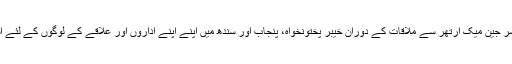
پاکستان واپسی پر اساتذہ نے امریکی سفارتخانہ کی ریجنل انگلش لینگویج آفیسر جین میک آرتھر سے ملاقات کے دوران خیبر پختونخواہ، پنجاب اور سندھ میں اپنے اپنے اداروں اور علاقے کے لوگوں کے لئے اسی طرح کی ورکشاپس منعقد کرنے کے سے متعلق امور پر بات چیت کی۔